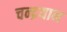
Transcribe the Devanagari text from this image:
चन्‍द्रयान